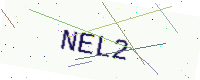
Text: NEL2